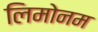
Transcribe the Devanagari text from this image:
लिमोनम